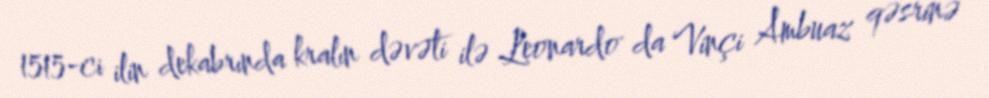
1515-ci ilin dekabrında kralın dəvəti ilə Leonardo da Vinçi Ambuaz qəsrinə